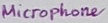
Text: Microphone